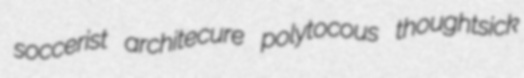
soccerist architecure polytocous thoughtsick